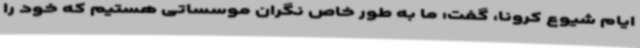
ایام شیوع کرونا، گفت: ما به طور خاص نگران موسساتی هستیم که خود را